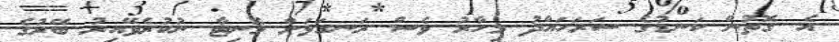
އެ ގޮތުން ކަނޑުގެ ސަރަހައްދު މިހާރު ވެސް ރަނގަޅަށް މޮނިޓާ ނުކުރެވޭއިރު ބޭރުގެ